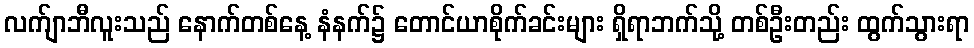
လက်ျာဘီလူးသည် နောက်တစ်နေ့ နံနက်၌ တောင်ယာစိုက်ခင်းများ ရှိရာဘက်သို့ တစ်ဦးတည်း ထွက်သွားရာ